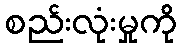
စည်းလုံးမှုကို